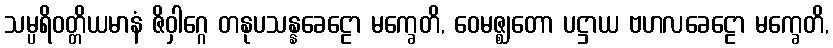
သမ္ပရိဝတ္တိယမာနံ ဇိဝှါဂ္ဂေ တနုပသန္နခေဠော မက္ခေတိ, ဝေမဇ္ဈတော ပဋ္ဌာယ ဗဟလခေဠော မက္ခေတိ,